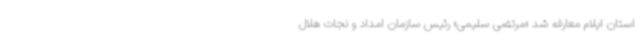
استان ایلام معارفه شد «مرتضی سلیمی» رئیس سازمان امداد و نجات هلال